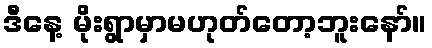
ဒီနေ့ မိုးရွာမှာမဟုတ်တော့ဘူးနော်။